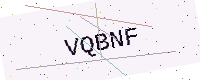
Text: VQBNF